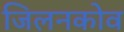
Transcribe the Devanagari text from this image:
जिलनकोव